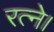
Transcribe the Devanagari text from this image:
रत्ने।